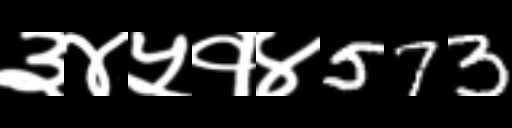
Text: ३४५१४573